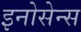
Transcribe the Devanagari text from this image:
इनोसेन्स